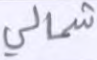
شمالي